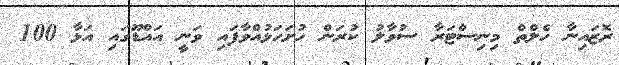
ރޮޒައިނާ ހެލްތް މިނިސްޓަރާ ސުވާލު ކުރަން ހުށަހަޅުއްވާފައި ވަނީ އައްޑޫގައި އަޅާ 100